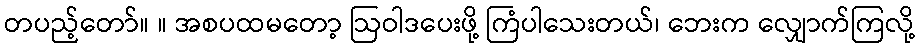
တပည့်တော်။ ။ အစပထမတော့ ဩဝါဒပေးဖို့ ကြံပါသေးတယ်၊ ဘေးက လျှောက်ကြလို့